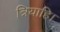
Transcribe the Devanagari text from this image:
त्रियाहि।